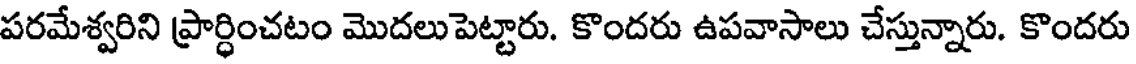
పరమేశ్వరిని ప్రార్ధించటం మొదలుపెట్టారు. కొందరు ఉపవాసాలు చేస్తున్నారు. కొందరు